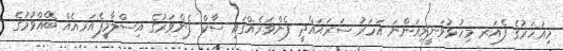
މިއަހަރުގެ ފެއަރ މިހުޅުވަނީމިއަންނަ އަހަރު ސަރަޙައްދީ ފެންވަރެއްގައި ސާކް ފެންވަރުގެ އިސްލާމީފެއަރއެއް ބޭއްވުމުގެ